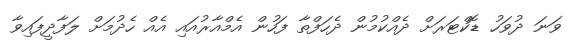
ވަނަ ދުވަހު ޑޮކްޓަރަށް ދެއްކުމުން ދެހަފްތާ ފަހުން އެމްއާރުއައި އެއް ހެދުމަށް ލަފާދީފައިވާ